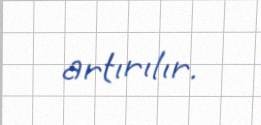
artırılır.